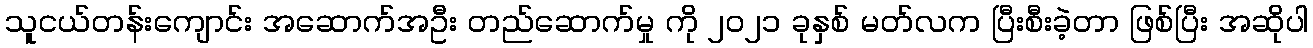
သူငယ်တန်းကျောင်း အဆောက်အဦး တည်ဆောက်မှု ကို ၂၀၂၁ ခုနှစ် မတ်လက ပြီးစီးခဲ့တာ ဖြစ်ပြီး အဆိုပါ